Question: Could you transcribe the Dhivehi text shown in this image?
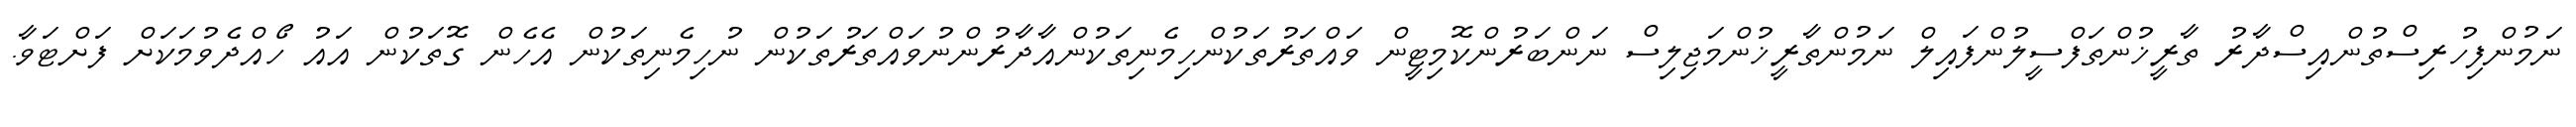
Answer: ނަމުންފިހުރިސްތުންއިސްދާރު ތާރީޚުންތަފްސީލުންފައިލް ނަމުންތާރީޚުންމަޖިލިސް ނަންބަރުންކޮމިޓީން ވައްތަރުތަކުންހިމެނިތަކުންއާދާރުންނުވައްތަރުތަކުން ނުހިމެނިތަކުން އެހެން ގޮތަކުން އައު ހޯއްދެވުމަކަށް ފަށްޓަވާ.